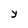
Character: Y